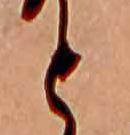
と